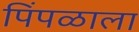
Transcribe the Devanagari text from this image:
पिंपळाला